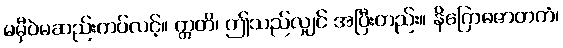
မမှီဝဲမဆည်းကပ်လင့်။ ဣတိ၊ ဤသည်လျှင် အပြီးတည်း။ နိဂြောဓဇာတကံ၊